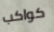
كواكب